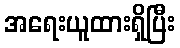
အရေးယူထားရှိပြီး